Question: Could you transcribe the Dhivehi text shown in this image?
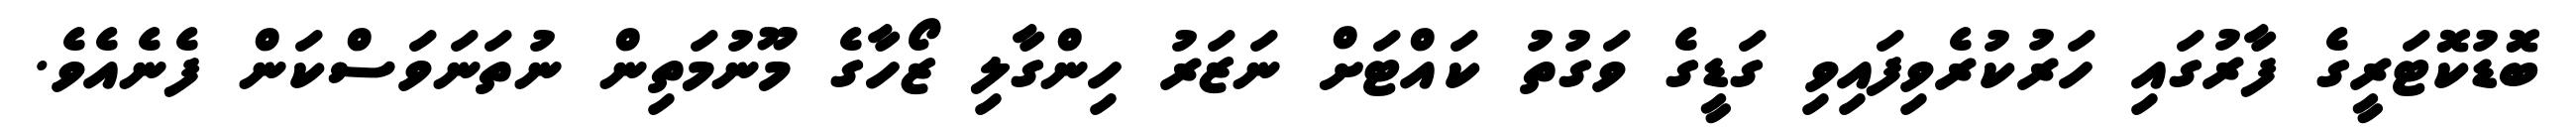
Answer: ބޮޑުކޮޓަރީގެ ފާރުގައި ހަރުކުރެވިފައިވި ގަޑީގެ ވަގުތު ކައްޓަށް ނަޒަރު ހިންގާލި ޒޯހާގެ މޫނުމަތިން ނުތަނަވަސްކަން ފެނެއެވެ.